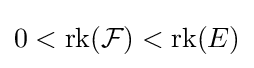
0<\operatorname {rk} ({\mathcal {F}})<\operatorname {rk} (E)